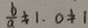
\frac { b } { a } \neq 1 , 0 \neq 1